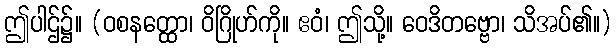
ဤပါဌ်၌။ (ဝစနတ္ထော၊ ဝိဂြိုဟ်ကို။ ဧဝံ၊ ဤသို့။ ဝေဒိတဗ္ဗော၊ သိအပ်၏။)